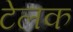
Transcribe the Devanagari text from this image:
टेलक